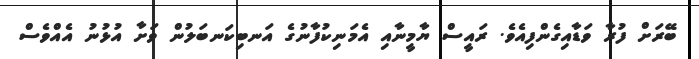
ބޭރަށް ފުރާ ވަޑާއިގެންފިއެވެ. ރައީސް ޔާމީނާއި އެމަނިކުފާނުގެ އަނބިކަނބަލުން ވަށާ އުޅުނު އެއްވެސް